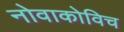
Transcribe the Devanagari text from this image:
नोवाकोविच